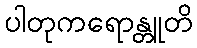
ပါတုကရောန္တူတိ